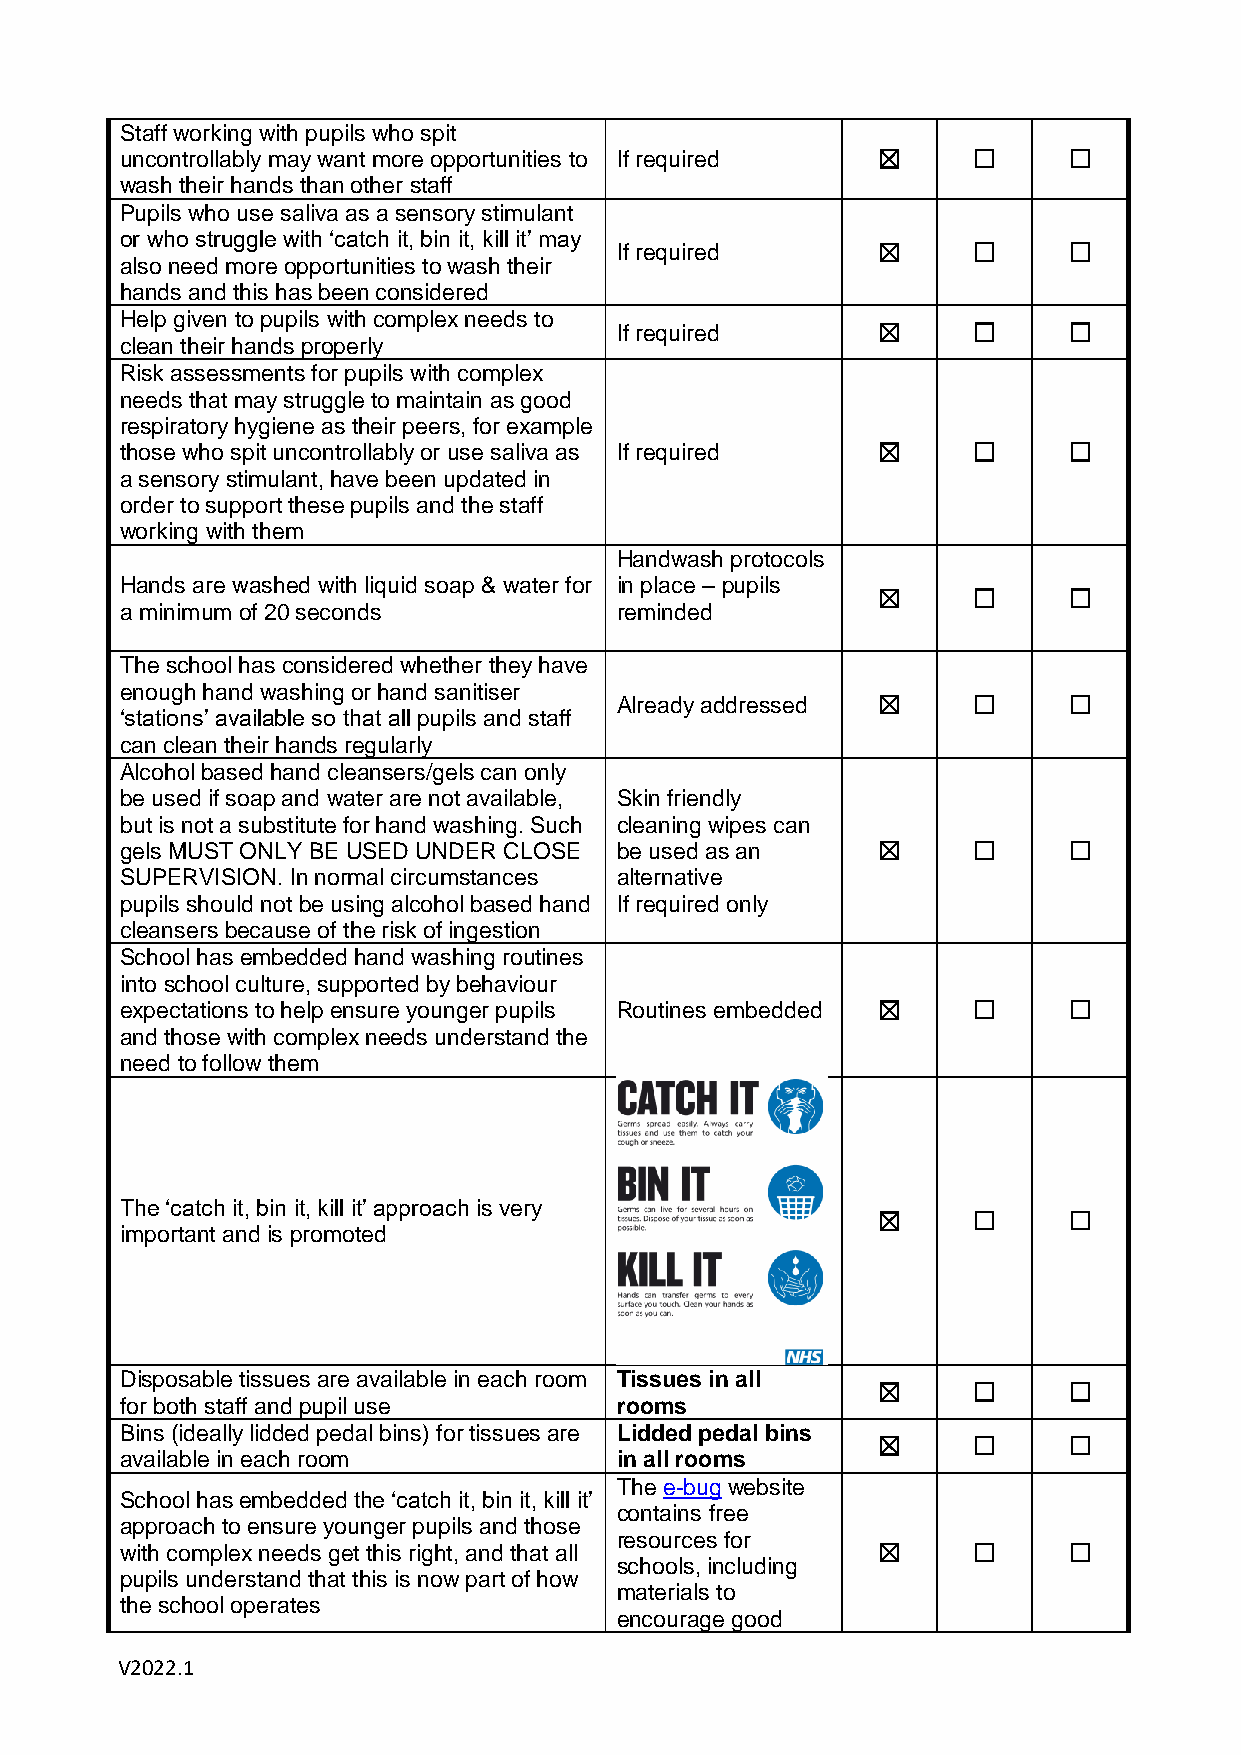
Staff working with pupils who spit
 uncontrollably may want more opportunities to If required ☒ ☐  ☐
 wash their hands than other staff
 Pupils who use saliva as a sensory stimulant
 or who struggle with ‘catch it, bin it, kill it’ may
 If required      ☒     ☐      ☐
 also need more opportunities to wash their
 hands and this has been considered
 Help given to pupils with complex needs to
 If required      ☒     ☐      ☐
 clean their hands properly
 Risk assessments for pupils with complex
 needs that may struggle to maintain as good
 respiratory hygiene as their peers, for example
 those who spit uncontrollably or use saliva as If required ☒ ☐ ☐
 a sensory stimulant, have been updated in
 order to support these pupils and the staff
 working with them
 Handwash protocols
 Hands are washed with liquid soap & water for in place – pupils
 ☒     ☐      ☐
 a minimum of 20 seconds          reminded
 The school has considered whether they have
 enough hand washing or hand sanitiser
 Already addressed ☒    ☐      ☐
 ‘stations’ available so that all pupils and staff
 can clean their hands regularly
 Alcohol based hand cleansers/gels can only
 be used if soap and water are not available, Skin friendly
 but is not a substitute for hand washing. Such cleaning wipes can
 gels MUST ONLY BE USED UNDER CLOSE be used as an  ☒     ☐      ☐
 SUPERVISION. In normal circumstances alternative
 pupils should not be using alcohol based hand If required only
 cleansers because of the risk of ingestion
 School has embedded hand washing routines
 into school culture, supported by behaviour
 expectations to help ensure younger pupils Routines embedded ☒ ☐ ☐
 and those with complex needs understand the
 need to follow them
 The ‘catch it, bin it, kill it’ approach is very
 ☒     ☐      ☐
 important and is promoted
 Disposable tissues are available in each room Tissues in all
 ☒     ☐      ☐
 for both staff and pupil use     rooms
 Bins (ideally lidded pedal bins) for tissues are Lidded pedal bins
 ☒     ☐      ☐
 available in each room           in all rooms
 The e-bug website
 School has embedded the ‘catch it, bin it, kill it’
 contains free
 approach to ensure younger pupils and those
 resources for
 with complex needs get this right, and that all   ☒     ☐      ☐
 schools, including
 pupils understand that this is now part of how
 materials to
 the school operates
 encourage good
 V2022.1